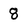
Character: 8